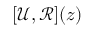
[ \mathcal { U } , \mathcal { R } ] ( z )